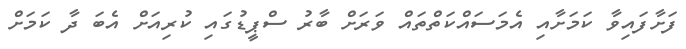
ފަށާފައިވާ ކަމަށާއި އެމަސައްކަތްތައް ވަރަށް ބާރު ސްޕީޑުގައި ކުރިއަށް އެބަ ދާ ކަމަށް